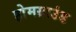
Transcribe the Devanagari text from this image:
होमग्राउंड